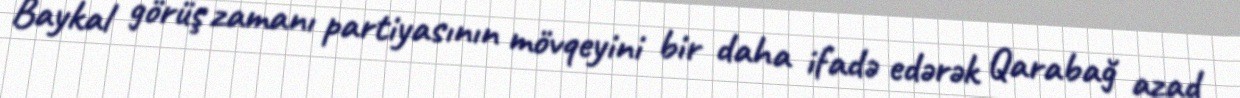
Baykal görüş zamanı partiyasının mövqeyini bir daha ifadə edərək Qarabağ azad